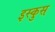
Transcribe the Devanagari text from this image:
इस्कुस